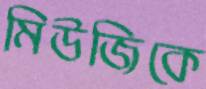
মিউজিকে